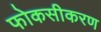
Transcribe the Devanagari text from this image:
फोकसीकरण